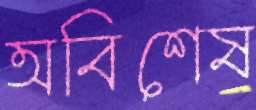
অবিশেষ